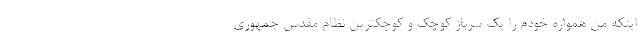
اینکه من همواره خودم را یک سرباز کوچک و کوچکترینِ نظام مقدس جمهوری